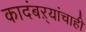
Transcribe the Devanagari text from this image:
कादंबऱ्यांचाही